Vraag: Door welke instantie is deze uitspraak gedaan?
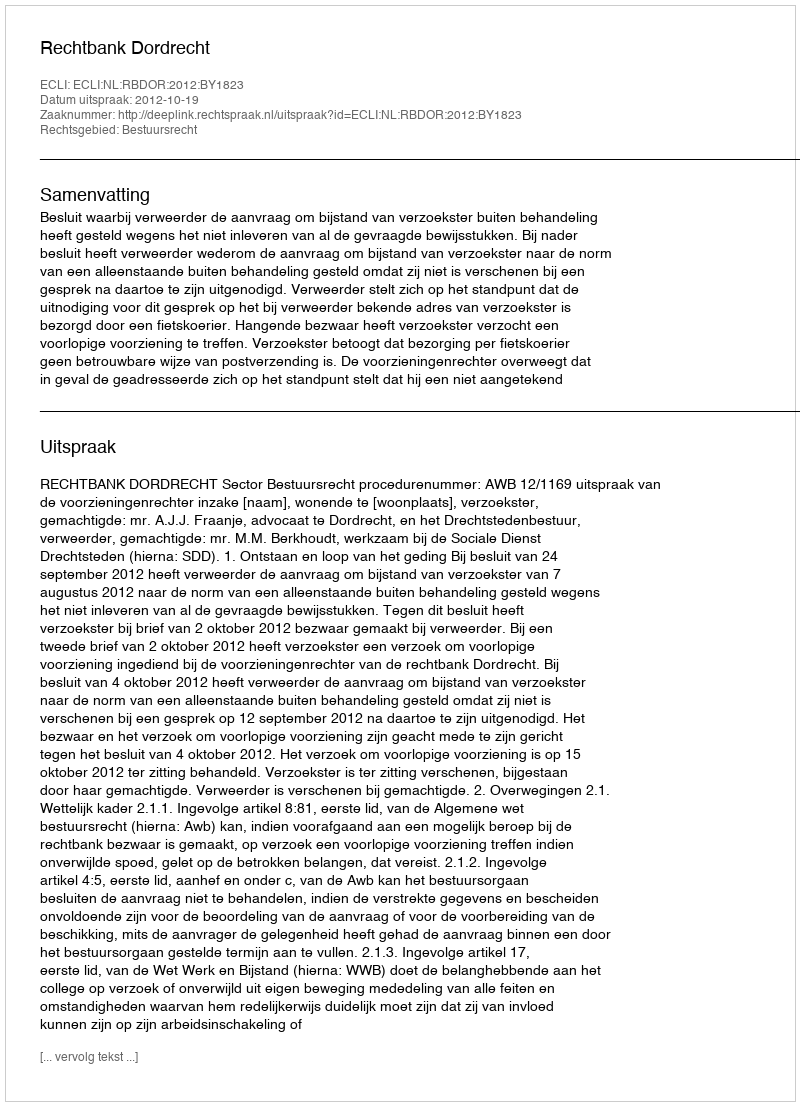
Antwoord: Rechtbank Dordrecht